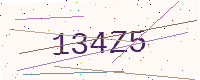
Text: 134Z5